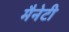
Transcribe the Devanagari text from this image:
मैनेटी